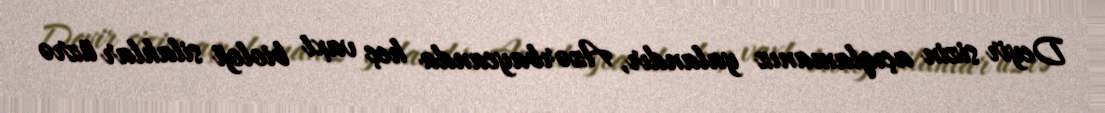
Deyir sizin açıqlamanız yalandır, Azərbaycanda heç vaxt bioloji silahlar üzrə